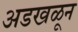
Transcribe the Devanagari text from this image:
अडखळून